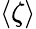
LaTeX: \langle\zeta\rangle